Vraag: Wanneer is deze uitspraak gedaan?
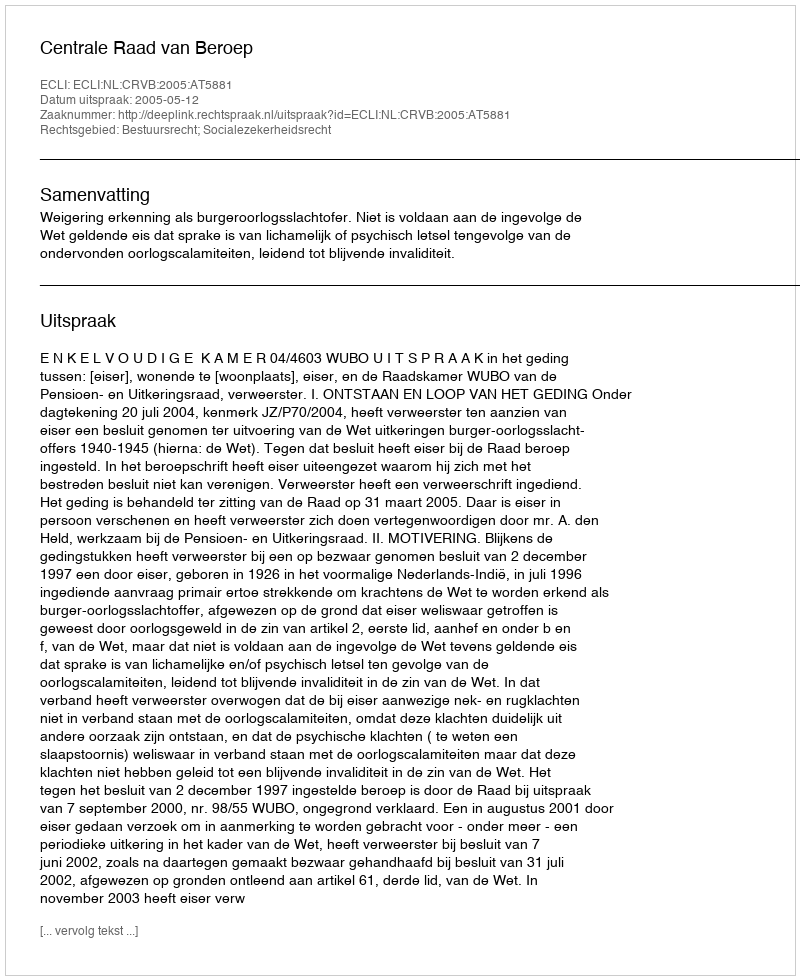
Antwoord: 2005-05-12